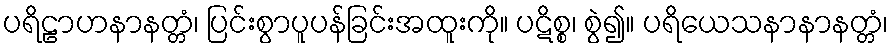
ပရိဠာဟနာနတ္တံ၊ ပြင်းစွာပူပန်ခြင်းအထူးကို။ ပဋိစ္စ၊ စွဲ၍။ ပရိယေသနာနာနတ္တံ၊